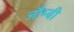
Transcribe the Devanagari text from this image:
जौम्बी